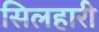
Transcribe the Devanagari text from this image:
सिलहारी